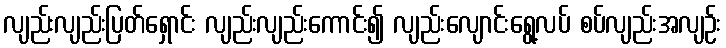
လျည်းလျည်းပြတ်ရှောင်း လျည်းလျည်းကောင်း၍ လျည်းလျောင်းရွေ့လပ် စပ်လျည်းအလျဉ်း